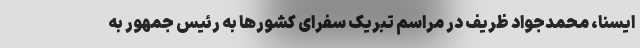
ایسنا، محمدجواد ظریف در مراسم تبریک سفرای کشورها به رئیس جمهور به